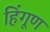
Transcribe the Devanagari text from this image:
हिंगूण